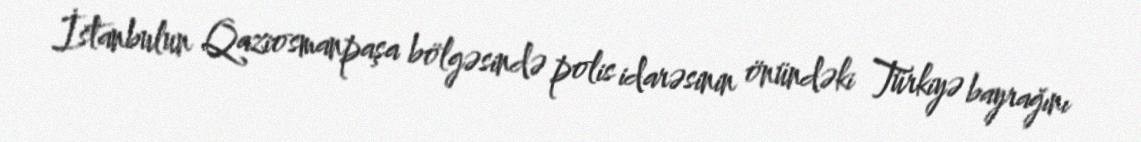
İstanbulun Qaziosmanpaşa bölgəsində polis idarəsinin önündəki Türkiyə bayrağını